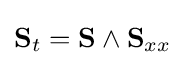
\displaystyle \mathbf {S} _{t}=\mathbf {S} \wedge \mathbf {S} _{xx}